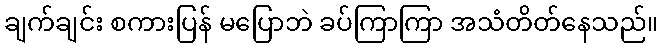
ချက်ချင်း စကားပြန် မပြောဘဲ ခပ်ကြာကြာ အသံတိတ်နေသည်။